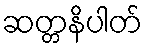
ဆတ္တနိပါတ်